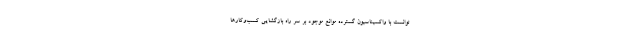
توانست با واکسیناسیون گسترده موانع موجود بر سر راه بازگشایی کسب‌وکارها